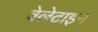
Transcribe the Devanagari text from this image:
वेलेटाइन